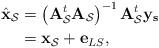
LaTeX: \begin{align*}\hat{\mathbf{x}}_{\mathcal{S}}&=\left(\mathbf{A}_{\mathcal{S}}^t\mathbf{A}_{\mathcal{S}}\right)^{-1}\mathbf{A}_{\mathcal{S}}^t\mathbf{y_s} \\&=\mathbf{x}_{\mathcal{S}}+\mathbf{e}_{LS},\end{align*}